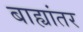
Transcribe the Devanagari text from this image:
बाह्यांतर